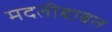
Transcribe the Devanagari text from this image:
मदतीबाबत